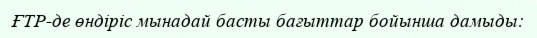
ҒТР-де өндіріс мынадай басты бағыттар бойынша дамыды: